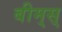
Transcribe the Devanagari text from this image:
बीम्‌स्‌